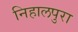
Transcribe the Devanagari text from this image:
निहालपुरा